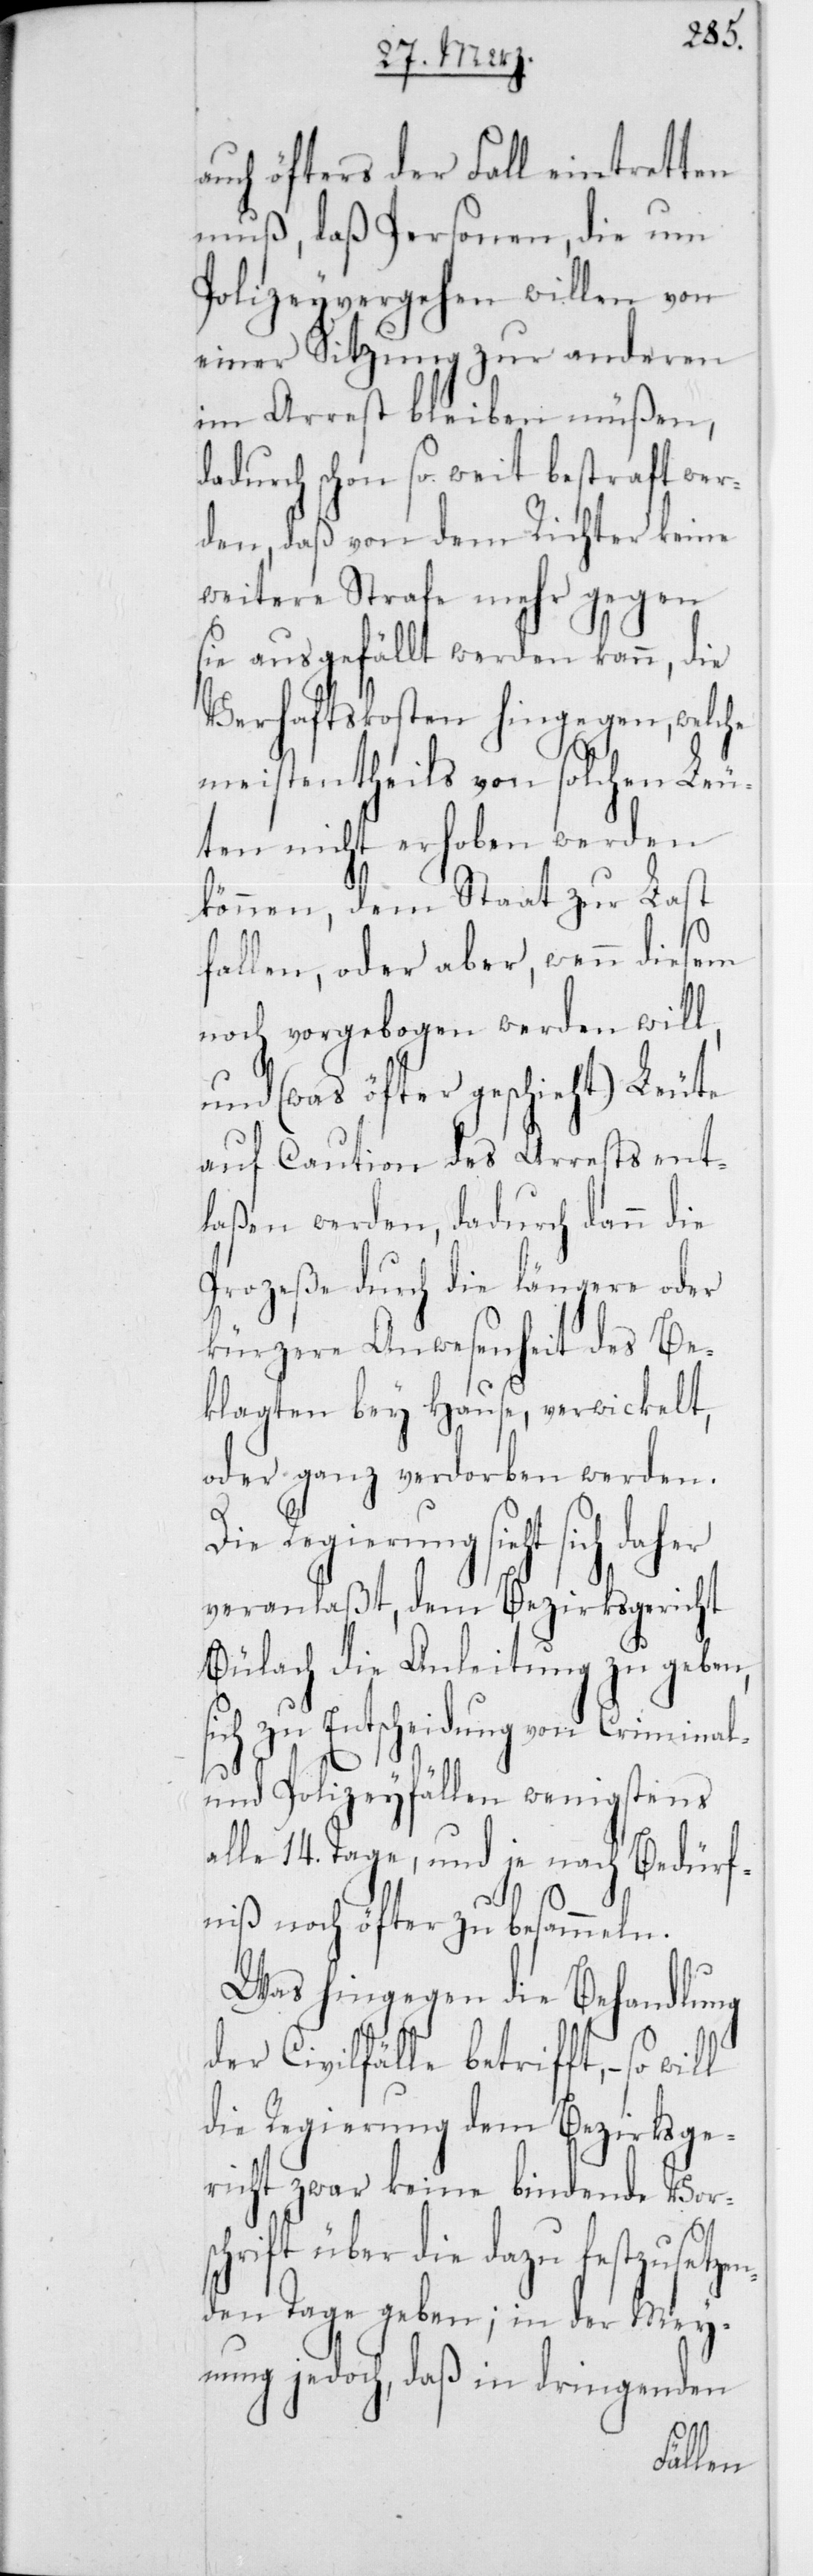
auch öfters der Fall eintretten
muß, daß Personen, die um
Polizeyvergehen willen von
einer Sitzung zur anderen
im Arrest bleiben müßen,
dadurch schon so weit bestraft wer¬
den, daß von dem Richter keine
weitere Strafe mehr gegen
sie ausgefällt werden kann, die
Verhaftskosten hingegen, welche
meistentheils von solchen Leu¬
ten nicht erhoben werden
können, dem Staat zur Last
fallen, oder aber, wenn diesem
noch vorgebogen werden will,
und (was öfters geschieht) Leute
auf Caution des Arrests ent¬
laßen werden, dadurch dann die
Prozeße durch die längere oder
kürzere Anwesenheit des Be¬
klagten bey Hause, verwickelt,
oder ganz verdorben werden.
Die Regierung sieht
veranlaßt, dem Bezirksgericht
Bülach die Anleitung zu geben,
ich zu Entscheidung von Criminal-
und Polizeyfällen wenigstens
alle 14 Tage, und je nach Bedürf¬
niß noch öfter zu besammeln.
Was hingegen die Behandlung
der Civilfälle betrifft, – so
die Regierung dem Bezirksge¬
richt zwar keine bindende Vors¬
chrift über die dazu festzusetze¬
nden Tage geben; in der Mey¬
nung jedoch, daß
in¬
genden